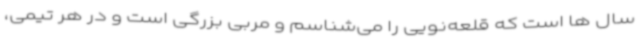
سال ها است که قلعه‌نویی را می‌شناسم و مربی بزرگی است و در هر تیمی،